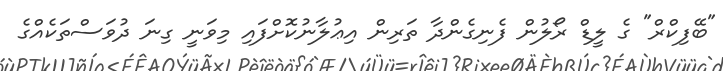
"ބޭފިކްރް" ގެ ލީޑް ރޯލުން ފެނިގެންދާ ތަރިން އިޢުލާނުކޮށްފައި މިވަނީ ގިނަ ދުވަސްތަކެއްގެ